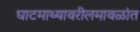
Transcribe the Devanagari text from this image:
घाटमाथ्यावरीलमावळांत